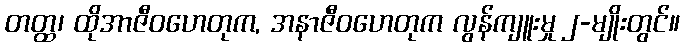
တတ္ထ၊ ထိုအာဇီဝဟေတုက, အနာဇီဝဟေတုက လွန်ကျူးမှု ၂-မျိုးတွင်။